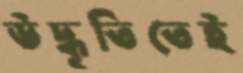
উদ্ধৃতিতেই